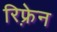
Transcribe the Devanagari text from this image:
रिफ़्रेन